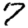
Digit: 7